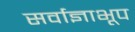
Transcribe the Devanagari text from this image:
सर्वाज्ञाभूप